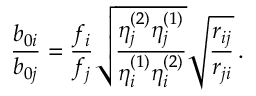
\frac { b _ { 0 i } } { b _ { 0 j } } = \frac { f _ { i } } { f _ { j } } \sqrt { \frac { \eta _ { j } ^ { ( 2 ) } \eta _ { j } ^ { ( 1 ) } } { \eta _ { i } ^ { ( 1 ) } \eta _ { i } ^ { ( 2 ) } } } \sqrt { \frac { r _ { i j } } { r _ { j i } } } \, .